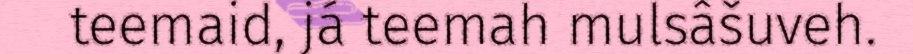
teemaid, já teemah mulsâšuveh.